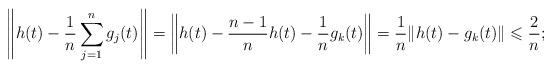
LaTeX: \begin{align*}\left\|h(t)-\frac1n\sum_{j=1}^n g_j(t)\right\|=\left\|h(t)-\frac{n-1}{n}h(t)-\frac{1}{n}g_k(t)\right\|=\frac1n\|h(t)-g_k(t)\|\leqslant \frac{2}{n};\end{align*}